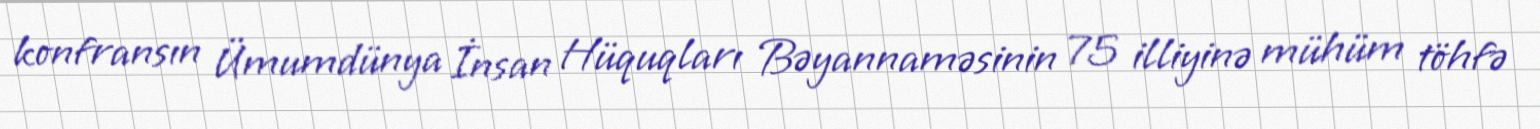
konfransın Ümumdünya İnsan Hüquqları Bəyannaməsinin 75 illiyinə mühüm töhfə